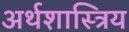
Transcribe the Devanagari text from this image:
अर्थशास्त्रिय